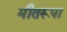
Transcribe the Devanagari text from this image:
मीतरूपा